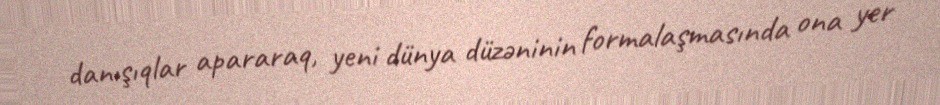
danışıqlar apararaq, yeni dünya düzəninin formalaşmasında ona yer